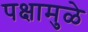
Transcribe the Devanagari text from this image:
पक्षामुळे